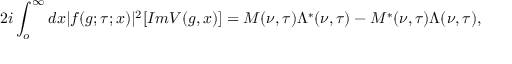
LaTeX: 2 i \int _ { o } ^ { \infty } d x | f ( g ; \tau ; x ) | ^ { 2 } [ I m V ( g , x ) ] = M ( \nu , \tau ) \Lambda ^ { * } ( \nu , \tau ) - M ^ { * } ( \nu , \tau ) \Lambda ( \nu , \tau ) ,